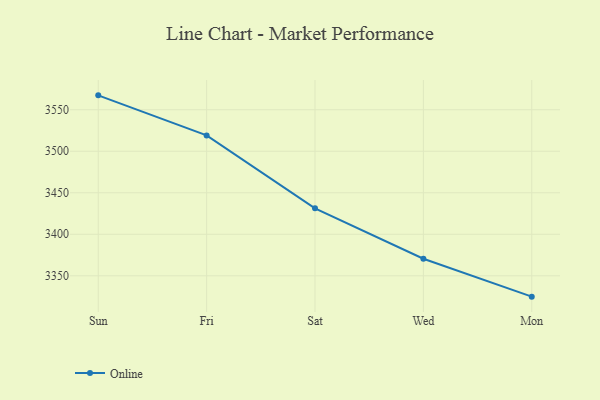
{"axis": {"x": "Day", "y": "Inventory Turnover"}, "legend": ["Online"], "data": [{"x": "Sun", "y": 3567.3, "type": "Online"}, {"x": "Fri", "y": 3519.1, "type": "Online"}, {"x": "Sat", "y": 3431.3, "type": "Online"}, {"x": "Wed", "y": 3370.5, "type": "Online"}, {"x": "Mon", "y": 3324.9, "type": "Online"}]}